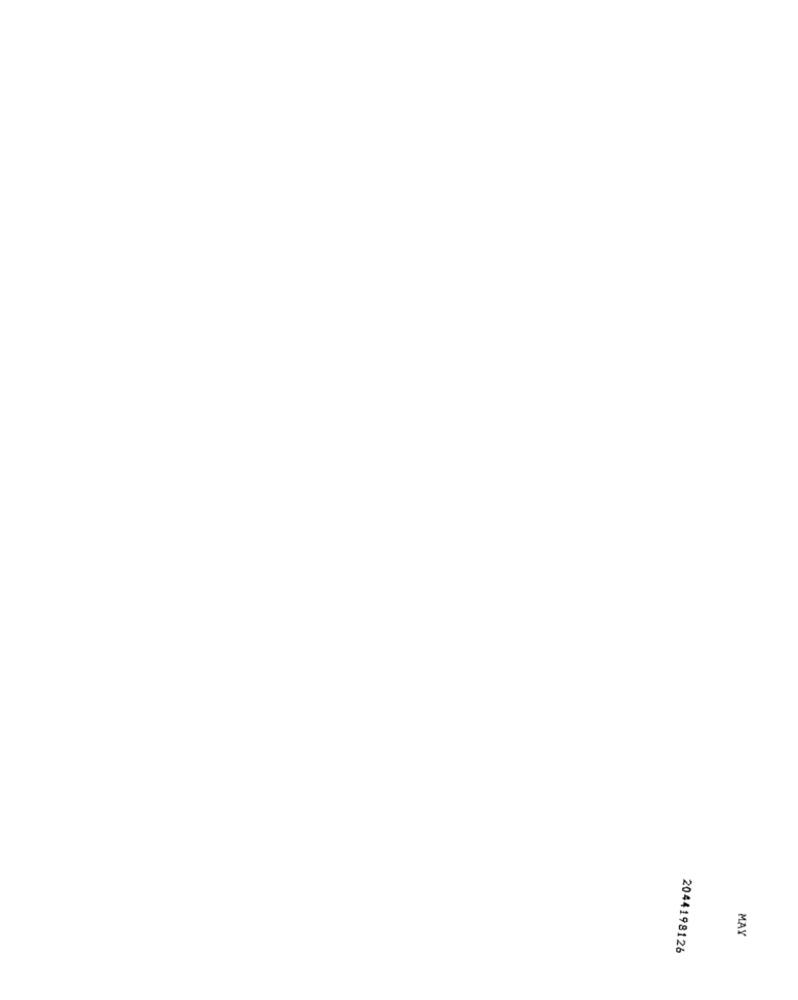
MAY
2044198126